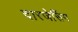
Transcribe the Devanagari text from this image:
दारजेसिंग